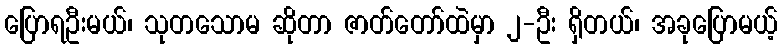
ပြောရဦးမယ်၊ သုတသောမ ဆိုတာ ဇာတ်တော်ထဲမှာ ၂-ဦး ရှိတယ်၊ အခုပြောမယ့်